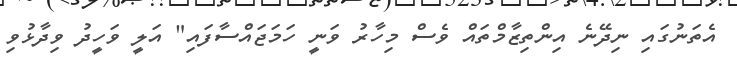
އެތަނުގައި ނިދޭނެ އިންތިޒާމްތައް ވެސް މިހާރު ވަނީ ހަމަޖައްސާފައި" އަލީ ވަހީދު ވިދާޅުވި